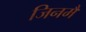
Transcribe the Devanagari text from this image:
जिनमैं